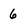
Character: 6